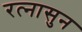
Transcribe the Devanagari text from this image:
रत्‍नासुन